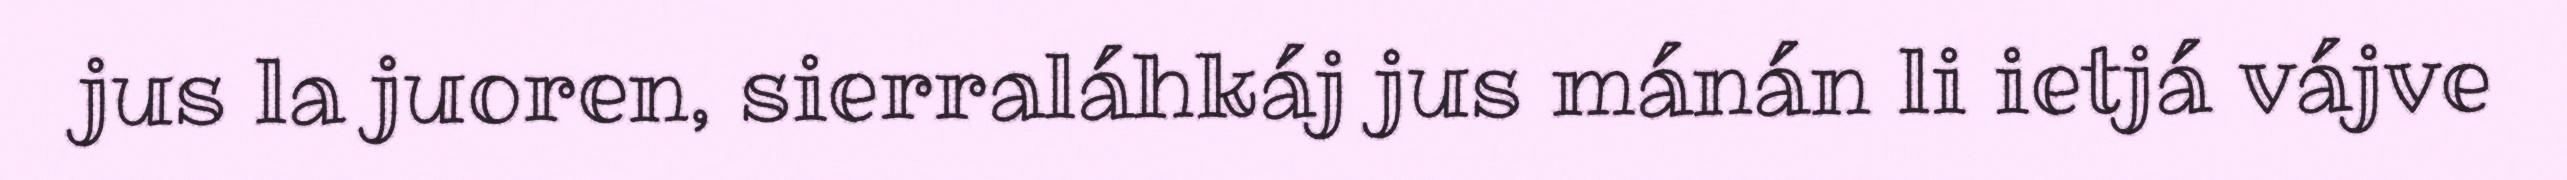
jus la juoren, sierraláhkáj jus mánán li ietjá vájve